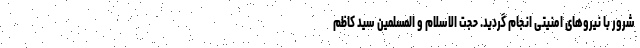
شرور با نیرو‌های امنیتی انجام گردید. حجت الاسلام و المسلمین سید کاظم